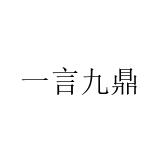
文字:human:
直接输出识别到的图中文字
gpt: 一言九鼎